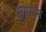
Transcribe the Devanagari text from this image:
सुमारस